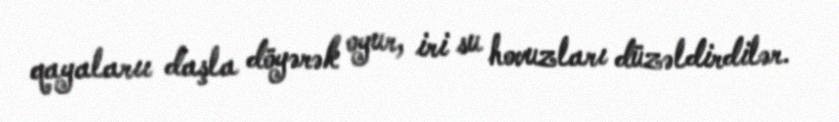
qayalarıı daşla döyərək oyur, iri su hovuzları düzəldirdilər.